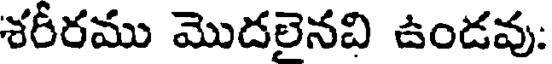
శరీరము మొదలైనవి ఉండవు: